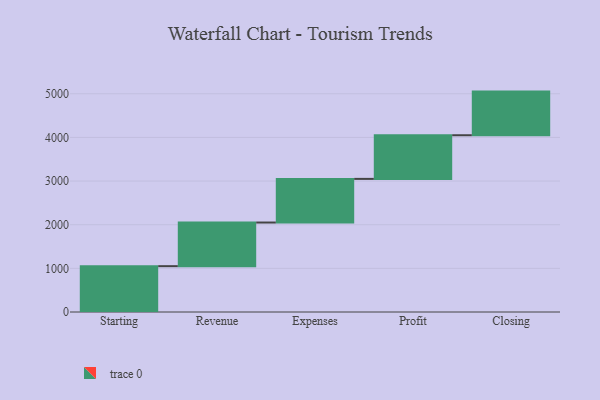
{"axis": {"x": "Step", "y": "Value"}, "legend": [""], "data": [{"x": "Starting", "y": 1050.0, "type": ""}, {"x": "Revenue", "y": 1000, "type": ""}, {"x": "Expenses", "y": 1000, "type": ""}, {"x": "Profit", "y": 1000, "type": ""}, {"x": "Closing", "y": 1000, "type": ""}]}